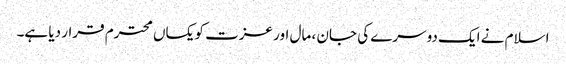
اسلام نے ایک دوسرے کی جان ، مال اور عزت کویکساں محترم قرار دیا ہے۔